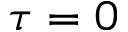
\tau = 0